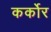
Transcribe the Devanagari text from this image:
कर्कोर